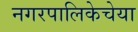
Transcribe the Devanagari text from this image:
नगरपालिकेचेया